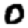
Digit: 0